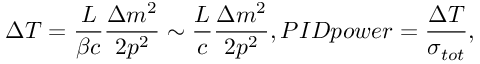
\Delta T = \frac { L } { \beta c } \frac { \Delta m ^ { 2 } } { 2 p ^ { 2 } } \sim \frac { L } { c } \frac { \Delta m ^ { 2 } } { 2 p ^ { 2 } } , P I D p o w e r = \frac { \Delta T } { \sigma _ { t o t } } ,